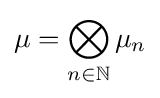
\mu =\bigotimes _{n\in \mathbb {N} }\mu _{n}